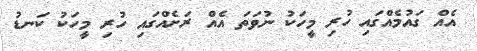
އެއް ގައުމެއްގައި ހުރި މީހަކު ނުވަތަ އެއް ރަށެއްގައި ހުރި މީހަކު ކަނޑު